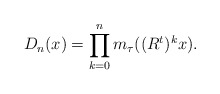
\begin{align*}D_n(x)=\prod_{k=0}^{n}m_\tau((R^{t})^{k}x).\end{align*}